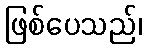
ဖြစ်ပေသည်၊